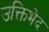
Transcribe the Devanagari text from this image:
उक्तिभेद